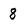
Character: 8